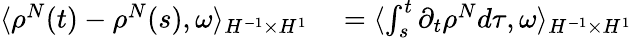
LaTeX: \begin{array}{rl}{\langle\rho^{N}(t)-\rho^{N}(s),\omega\rangle_{H^{-1}\times H^{1}}}&{{}=\langle\int_{s}^{t}\partial_{t}\rho^{N}d\tau,\omega\rangle_{H^{-1}\times H^{1}}}\end{array}